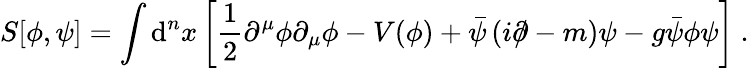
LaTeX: S[\phi,\psi]=\int\operatorname{\mathrm{d}}^{n}x\left[{\frac{{1}}{{2}}}\partial^{\mu}\phi\partial_{\mu}\phi-V(\phi)+{\bar{{\psi}}}\left(i\partial\! \! \! /-m\right)\psi-g{\bar{{\psi}}}\phi\psi\right]~.